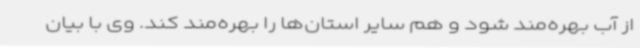
از آب بهره‌مند شود و هم سایر استان‌ها را بهره‌مند کند. وی با بیان